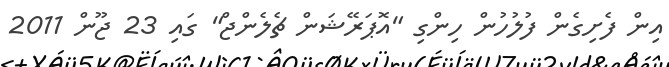
އިން ފެށިގެން ފުލުހުން ހިންގި "އޮޕަރޭޝަން ޗެލެންޖް" ގައި 23 ޖޫން 2011